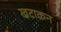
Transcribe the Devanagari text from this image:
खटाकन